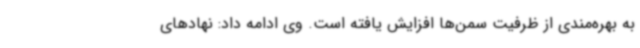
به بهره‌مندی از ظرفیت سمن‌ها افزایش یافته است. وی ادامه داد: نهادهای